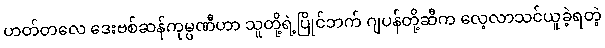
ဟတ်တလေ ဒေးဗစ်ဆန်ကုမ္ပဏီဟာ သူတို့ရဲ့ပြိုင်ဘက် ဂျပန်တို့ဆီက လေ့လာသင်ယူခဲ့ရတဲ့